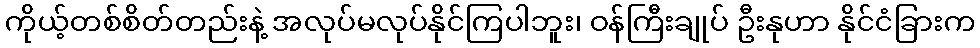
ကိုယ့်တစ်စိတ်တည်းနဲ့ အလုပ်မလုပ်နိုင်ကြပါဘူး၊ ဝန်ကြီးချုပ် ဦးနုဟာ နိုင်ငံခြားက